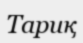
Тариқ